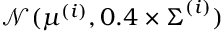
\mathcal { N } ( \boldsymbol { \mu } ^ { ( i ) } , 0 . 4 \times \boldsymbol { \Sigma } ^ { ( i ) } )